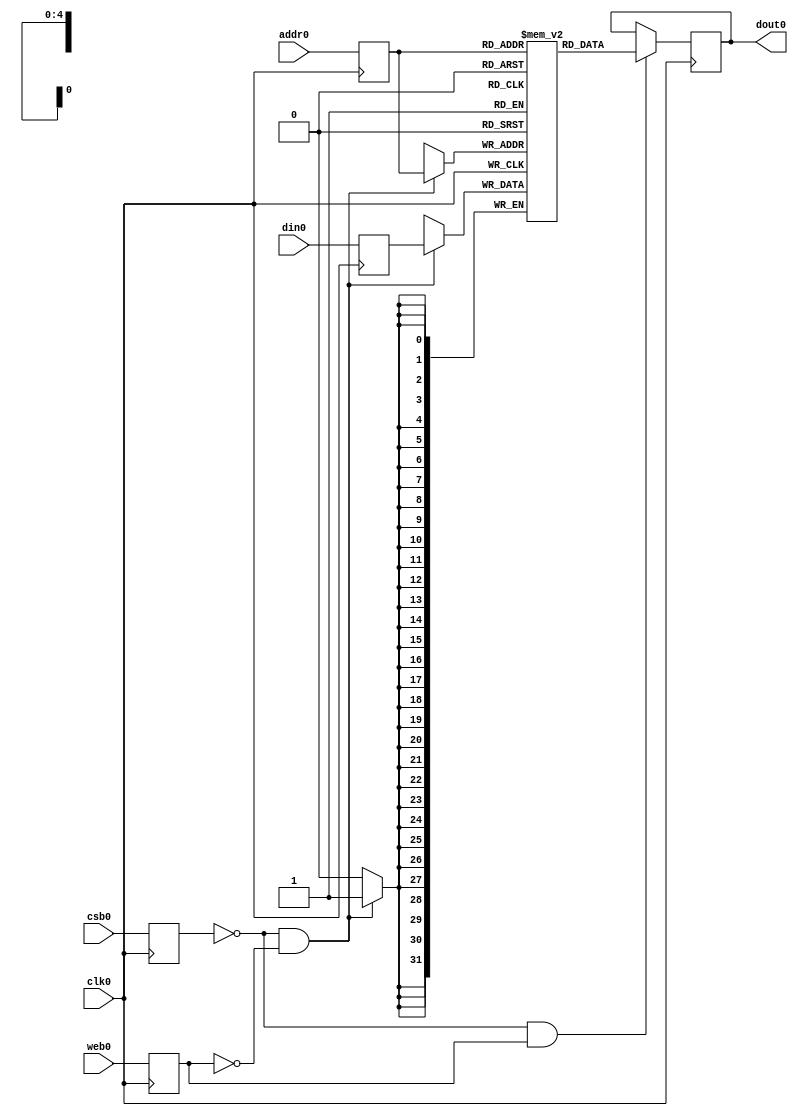
module sram_32_32_sky130A(
// Port 0: RW
    clk0,csb0,web0,addr0,din0,dout0
  );

  parameter DATA_WIDTH = 32 ;
  parameter ADDR_WIDTH = 5 ;
  parameter RAM_DEPTH = 1 << ADDR_WIDTH;

  // CHANGE THIS!
  // Set the delay to zero.
  parameter DELAY = 0 ;

  input  clk0; // clock
  input   csb0; // active low chip select
  input  web0; // active low write control
  input [ADDR_WIDTH-1:0]  addr0;
  input [DATA_WIDTH-1:0]  din0;
  output [DATA_WIDTH-1:0] dout0;

  reg  csb0_reg;
  reg  web0_reg;
  reg [ADDR_WIDTH-1:0]  addr0_reg;
  reg [DATA_WIDTH-1:0]  din0_reg;
  reg [DATA_WIDTH-1:0]  dout0;

  // CHANGE THIS!
  // Move this declaration here before it is referenced.
  reg [DATA_WIDTH-1:0] mem [0:RAM_DEPTH-1];

  // All inputs are registers
  always @(posedge clk0)
  begin
    csb0_reg = csb0;
    web0_reg = web0;
    addr0_reg = addr0;
    din0_reg = din0;
    //dout0 = 32'bx;
    if ( !csb0_reg && web0_reg )
      $display($time," Reading %m addr0=%b dout0=%x",addr0_reg,mem[addr0_reg]);
    if ( !csb0_reg && !web0_reg )
      $display($time," Writing %m addr0=%b din0=%x",addr0_reg,din0_reg);
  end

  // Memory Write Block Port 0
  // Write Operation : When web0 = 0, csb0 = 0
  always @ (negedge clk0)
  begin : MEM_WRITE0
    if ( !csb0_reg && !web0_reg )
        mem[addr0_reg] = din0_reg;
  end

  // Memory Read Block Port 0
  // Read Operation : When web0 = 1, csb0 = 0
  always @ (negedge clk0)
  begin : MEM_READ0
    if (!csb0_reg && web0_reg)
       dout0 <= #(DELAY) mem[addr0_reg];
  end

endmodule